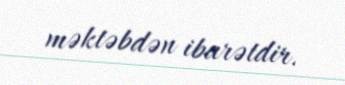
məktəbdən ibarətdir.